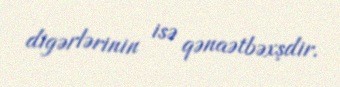
digərlərinin isə qənaətbəxşdir.